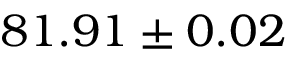
8 1 . 9 1 \pm 0 . 0 2 \